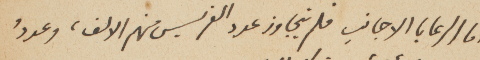
اما الرعايا الاجانب فلم يتجاوز عدد الفرنسيس منهم الالف، وعددُ